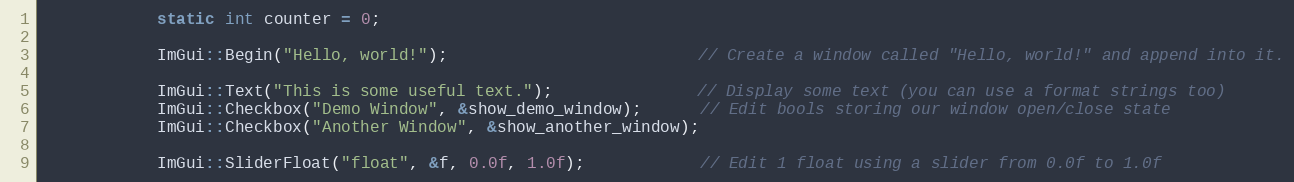
Language: C++
            static int counter = 0;

            ImGui::Begin("Hello, world!");                          // Create a window called "Hello, world!" and append into it.

            ImGui::Text("This is some useful text.");               // Display some text (you can use a format strings too)
            ImGui::Checkbox("Demo Window", &show_demo_window);      // Edit bools storing our window open/close state
            ImGui::Checkbox("Another Window", &show_another_window);

            ImGui::SliderFloat("float", &f, 0.0f, 1.0f);            // Edit 1 float using a slider from 0.0f to 1.0f